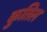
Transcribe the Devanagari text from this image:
कुतिल